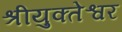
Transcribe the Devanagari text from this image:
श्रीयुक्तेश्वर